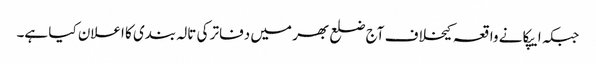
جبکہ ایپکا نے واقعہ کیخلاف آج ضلع بھر میں دفاتر کی تالہ بندی کا اعلان کیا ہے۔